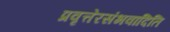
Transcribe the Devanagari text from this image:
प्रवृत्तेरसंभवादिति